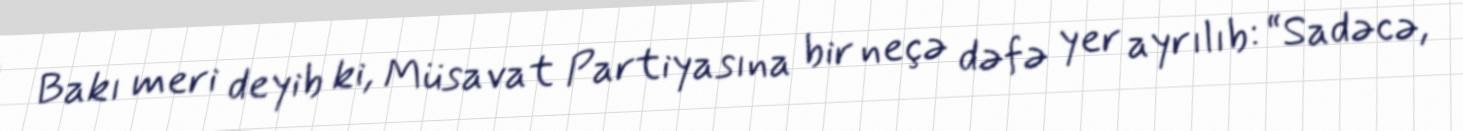
Bakı meri deyib ki, Müsavat Partiyasına bir neçə dəfə yer ayrılıb: “Sadəcə,